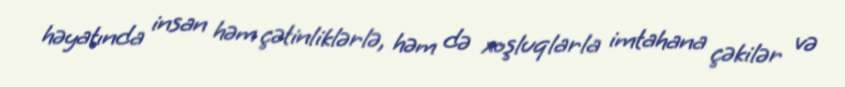
həyatında insan həm çətinliklərlə, həm də xoşluqlarla imtahana çəkilər və